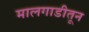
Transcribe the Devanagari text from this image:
मालगाडीतून